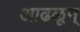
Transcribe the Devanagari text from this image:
आढळून्